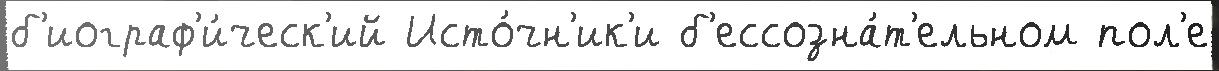
б'иограф'и́ческ'ий Исто́чн'ик'и б'ессозна́т'ельном пол'е